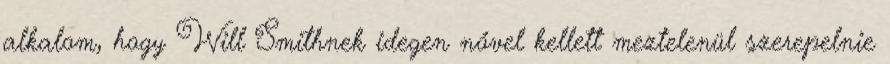
alkalom, hogy Will Smithnek idegen nővel kellett meztelenül szerepelnie